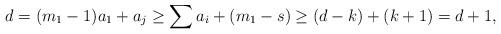
LaTeX: \begin{align*}d=(m_1-1)a_1+a_j\ge\sum a_i+(m_1-s)\ge(d-k)+(k+1)=d+1,\end{align*}